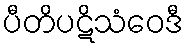
ပီတိပဋိသံဝေဒီ